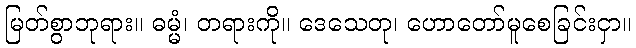
မြတ်စွာဘုရား။ ဓမ္မံ၊ တရားကို။ ဒေသေတု၊ ဟောတော်မူစေခြင်းငှာ။